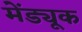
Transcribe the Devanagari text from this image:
मेंड्यूक